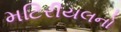
મટિરીયલનો